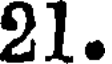
21.